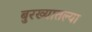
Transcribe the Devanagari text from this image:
बुरख्यातल्या